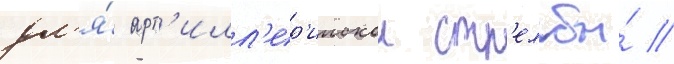
дл'я́ арт'илл'ер'иискои стр'ельбы́ //